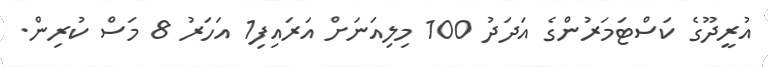
އުރީދޫގެ ކަސްޓަމަރުންގެ އަދަދު 100 މިލިއަނަށް އަރައިފި1 އަހަރު 8 މަސް ކުރިން.